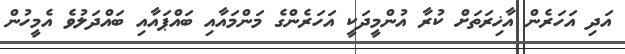
އަދި އަހަރެން އާޚިރަތަށް ކުރާ އުންމީދަކީ އަހަރެންގެ މަންމައާއި ބައްޕައާއި ބައްދަލުވެ އެމީހުން